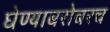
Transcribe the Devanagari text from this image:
घेण्याबरोबरच